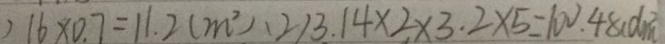
) 1 6 \times 0 . 7 = 1 1 . 2 ( m ^ { 2 } ) 、 ( 2 ) 3 . 1 4 \times 2 \times 3 . 2 \times 5 = 1 0 0 . 4 8 ( d m ^ { 2 }